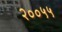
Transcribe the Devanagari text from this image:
२००५५